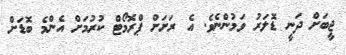
ޖީބަށް ދަނީ ޑޮލަރު ވަމުންނެވެ. އެ ރަށަށް ޕްރޮމޯޓް ކުރުމަށް އެންމެ ބޮޑަށް